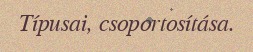
Típusai, csoportosítása.